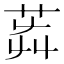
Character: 𦭺